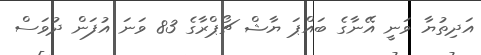
އަދިތުޔާ ވަނީ އޭނާގެ ބައްޕަ ޔާޝް ޗޯޕްރާގެ 83 ވަނަ އުފަން ދުވަސް